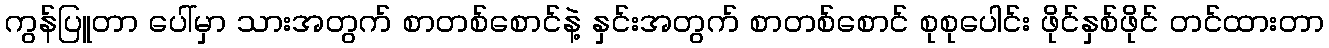
ကွန်ပြူတာ ပေါ်မှာ သားအတွက် စာတစ်စောင်နဲ့ နှင်းအတွက် စာတစ်စောင် စုစုပေါင်း ဖိုင်နှစ်ဖိုင် တင်ထားတာ